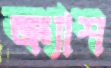
ক্র্যাশ